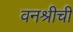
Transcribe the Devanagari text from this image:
वनश्रीची